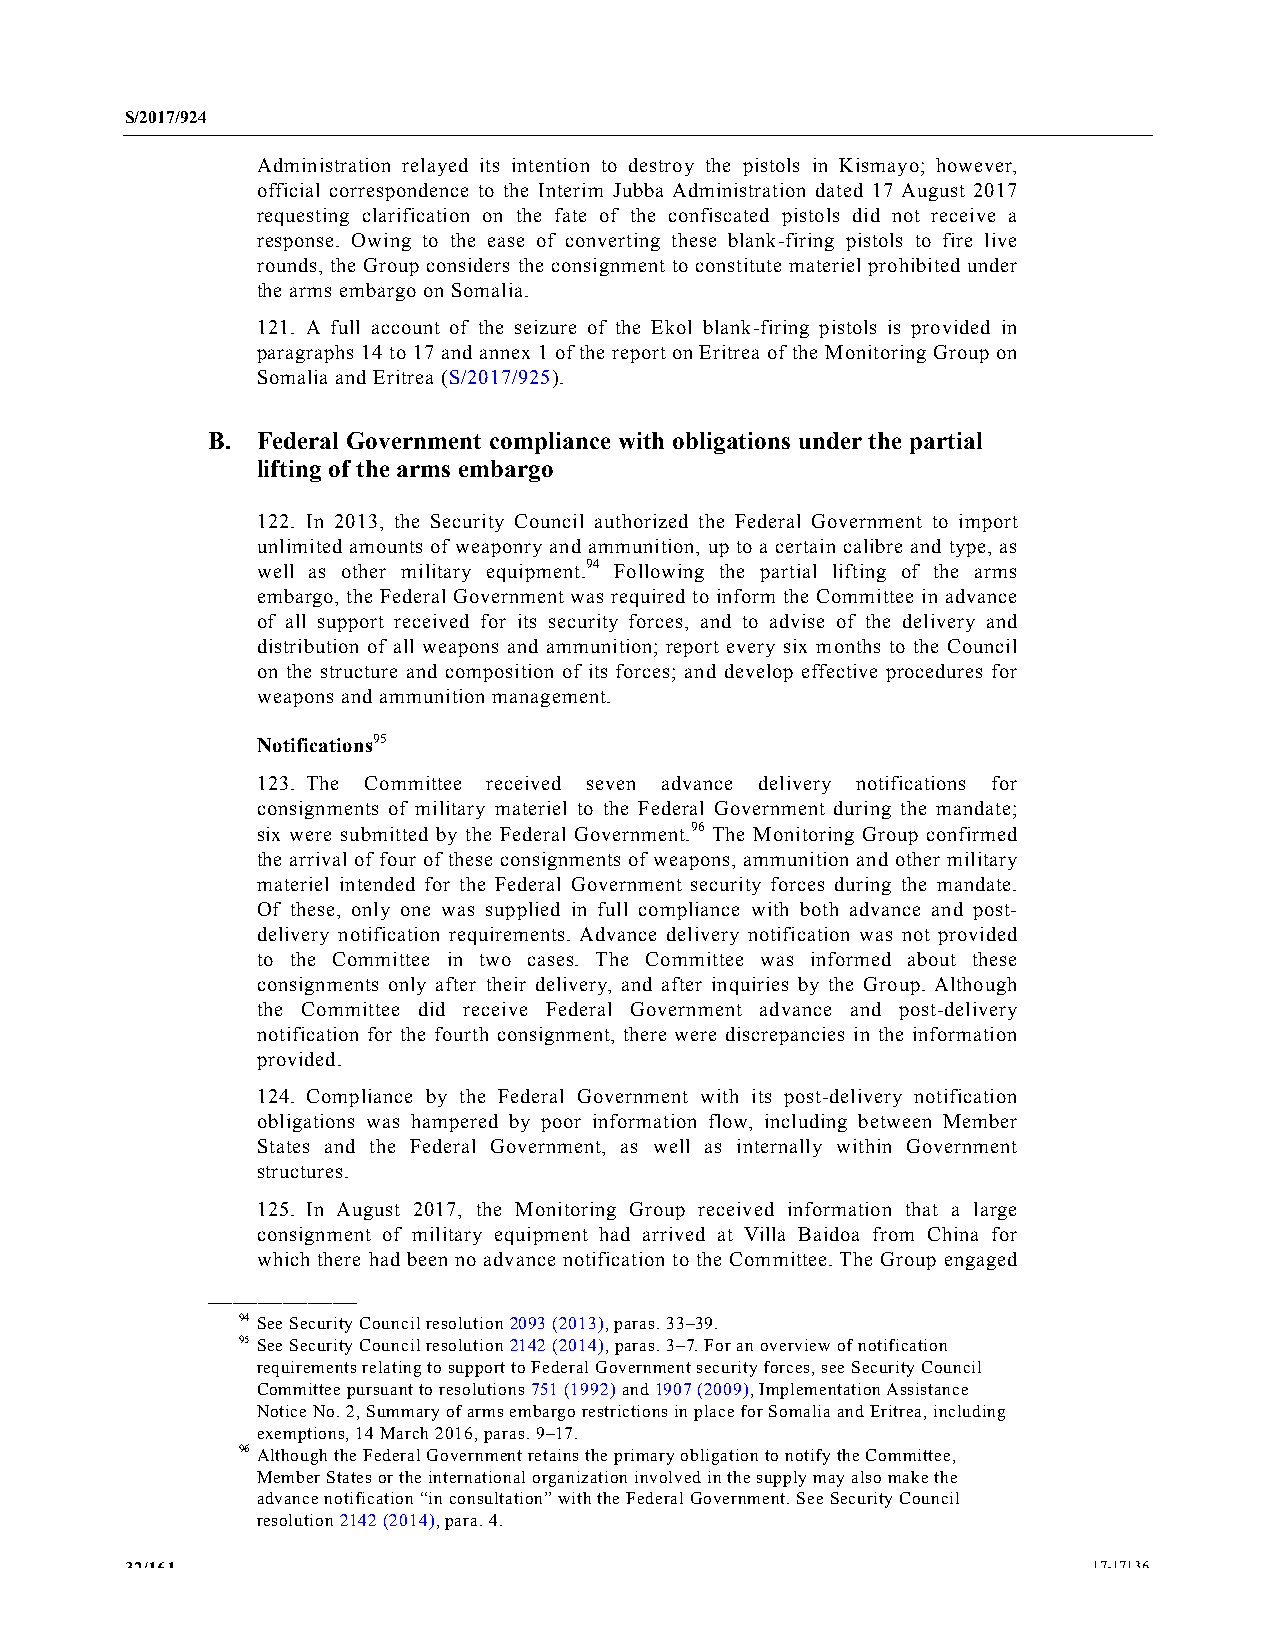
S/2017/924
 Administration relayed its intention to destroy the pistols in Kismayo; however,
 official correspondence to the Interim Jubba Administration dated 17 August 2017
 requesting clarification on the fate of the confiscated pistols did not receive a
 response. Owing to the ease of converting these blank-firing pistols to fire live
 rounds, the Group considers the consignment to constitute materiel prohibited under
 the arms embargo on Somalia.
 121. A full account of the seizure of the Ekol blank-firing pistols is provided in
 paragraphs 14 to 17 and annex 1 of the report on Eritrea of the Monitoring Group on
 Somalia and Eritrea (S/2017/925).
 B. Federal Government compliance with obligations under the partial
 lifting of the arms embargo
 122. In 2013, the Security Council authorized the Federal Government to import
 unlimited amounts of weaponry and ammunition, up to a certain calibre and type, as
 well as other military equipment.94 Following the partial lifting of the arms
 embargo, the Federal Government was required to inform the Committee in advance
 of all support received for its security forces, and to advise of the delivery and
 distribution of all weapons and ammunition; report every six months to the Council
 on the structure and composition of its forces; and develop effective procedures for
 weapons and ammunition management.
 Notifications95
 123. The Committee received seven advance delivery notifications for
 consignments of military materiel to the Federal Government during the mandate;
 six were submitted by the Federal Government.96 The Monitoring Group confirmed
 the arrival of four of these consignments of weapons, ammunition and other military
 materiel intended for the Federal Government security forces during the mandate.
 Of these, only one was supplied in full compliance with both advance and post-
 delivery notification requirements. Advance delivery notification was not provided
 to the Committee in two cases. The Committee was informed about these
 consignments only after their delivery, and after inquiries by the Group. Although
 the Committee did receive Federal Government advance and post-delivery
 notification for the fourth consignment, there were discrepancies in the information
 provided.
 124. Compliance by the Federal Government with its post-delivery notification
 obligations was hampered by poor information flow, including between Member
 States and the Federal Government, as well as internally within Government
 structures.
 125. In August 2017, the Monitoring Group received information that a large
 consignment of military equipment had arrived at Villa Baidoa from China for
 which there had been no advance notification to the Committee. The Group engaged
 __________________
 94 See Security Council resolution 2093 (2013), paras. 33–39.
 95 See Security Council resolution 2142 (2014), paras. 3–7. For an overview of notification
 requirements relating to support to Federal Government security forces, see Security Council
 Committee pursuant to resolutions 751 (1992) and 1907 (2009), Implementation Assistance
 Notice No. 2, Summary of arms embargo restrictions in place for Somalia and Eritrea, including
 exemptions, 14 March 2016, paras. 9–17.
 96 Although the Federal Government retains the primary obligation to notify the Committee,
 Member States or the international organization involved in the supply may also make the
 advance notification “in consultation” with the Federal Government. See Security Council
 resolution 2142 (2014), para. 4.
 32/161                                                          17-17136